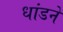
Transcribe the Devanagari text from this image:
धांडने